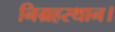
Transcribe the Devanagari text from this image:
निग्रहस्थान।